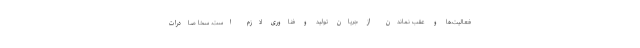
فعالیت‌ها و عقب نماندن از جریان تولید و فناوری لازم است. سخا صادرات